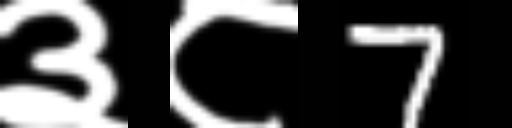
Text: ३८7